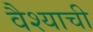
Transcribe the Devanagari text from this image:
वैश्याची